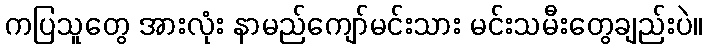
ကပြသူတွေ အားလုံး နာမည်ကျော်မင်းသား မင်းသမီးတွေချည်းပဲ။